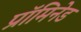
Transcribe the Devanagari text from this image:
प्रॉमिनेड